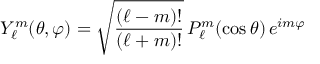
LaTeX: Y _ { \ell } ^ { m } ( \theta , \varphi ) = { \sqrt { \frac { ( \ell - m ) ! } { ( \ell + m ) ! } } } \, P _ { \ell } ^ { m } ( \cos { \theta } ) \, e ^ { i m \varphi }